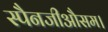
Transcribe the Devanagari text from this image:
स्पैनजीऔसम।